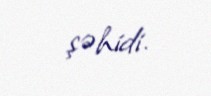
şəhidi.